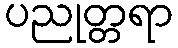
ပညုတ္တရာ